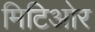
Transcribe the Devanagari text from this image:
मिटिओर